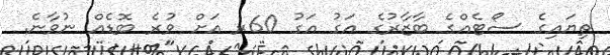
ތިޔައިގެ ސޯޓެއްގެ ބާޒާރުގެ އަގު އަގު 60ރ އަށް ވުރެ ބޮޑެއް ނުވާނެ.